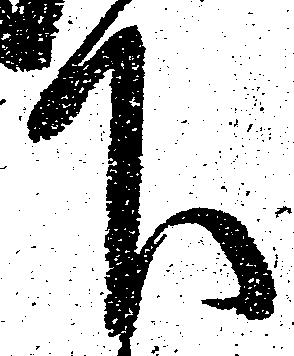
下